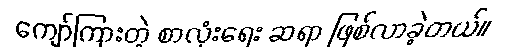
ကျော်ကြားတဲ့ စာလုံးရေး ဆရာ ဖြစ်လာခဲ့တယ်။